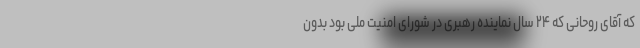
که آقای روحانی که ۲۴ سال نماینده رهبری در شورای امنیت ملی بود بدون